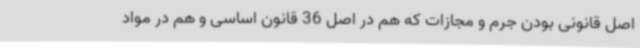
اصل قانونی بودن جرم و مجازات که هم در اصل 36 قانون اساسی و هم در مواد